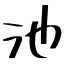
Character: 池